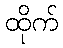
ထိုက်